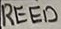
Text: REED